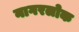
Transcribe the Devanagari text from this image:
नागरलोक